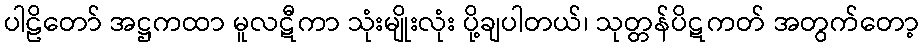
ပါဠိတော် အဋ္ဌကထာ မူလဋီကာ သုံးမျိုးလုံး ပို့ချပါတယ်၊ သုတ္တန်ပိဋကတ် အတွက်တော့